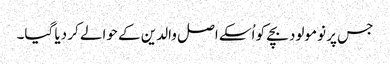
جس پر نومولود بچے کو اُسکے اصل والدین کے حوالے کر دیا گیا۔